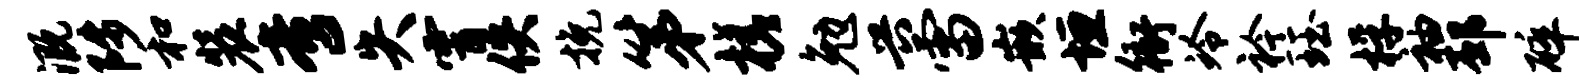
溉陟和装啻失霄佚挽第槎勉兴雷嵌垣衙冷衿珏桴袖邳碎